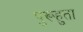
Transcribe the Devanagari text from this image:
पुरूहुता